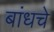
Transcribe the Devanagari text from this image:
बांधचे